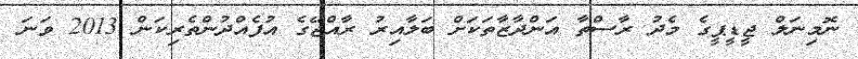
ނޮމިނަލް ޖީޑީޕީގެ މެދު ރާސްތާ އަންދާޒާތަކަށް ބަލާއިރު ރާއްޖޭގެ އުފެއްދުންތެރިކަން 2013 ވަނަ